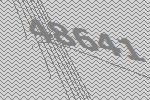
48641